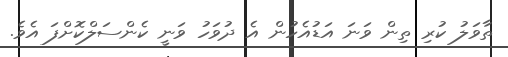
ތާވަލު ކުރި ތިން ވަނަ އަޑުއެހުން އެ ދުވަހު ވަނީ ކެންސަލްކޮށްފަ އެވެ.